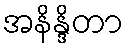
အနိန္ဒိတာ